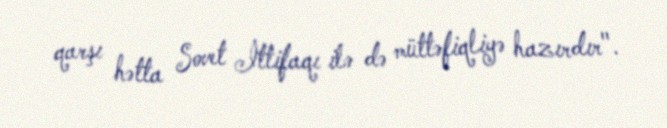
qarşı hətta Sovet İttifaqı ilə də müttəfiqliyə hazırdır".